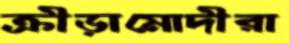
ক্রীড়ামোদীরা